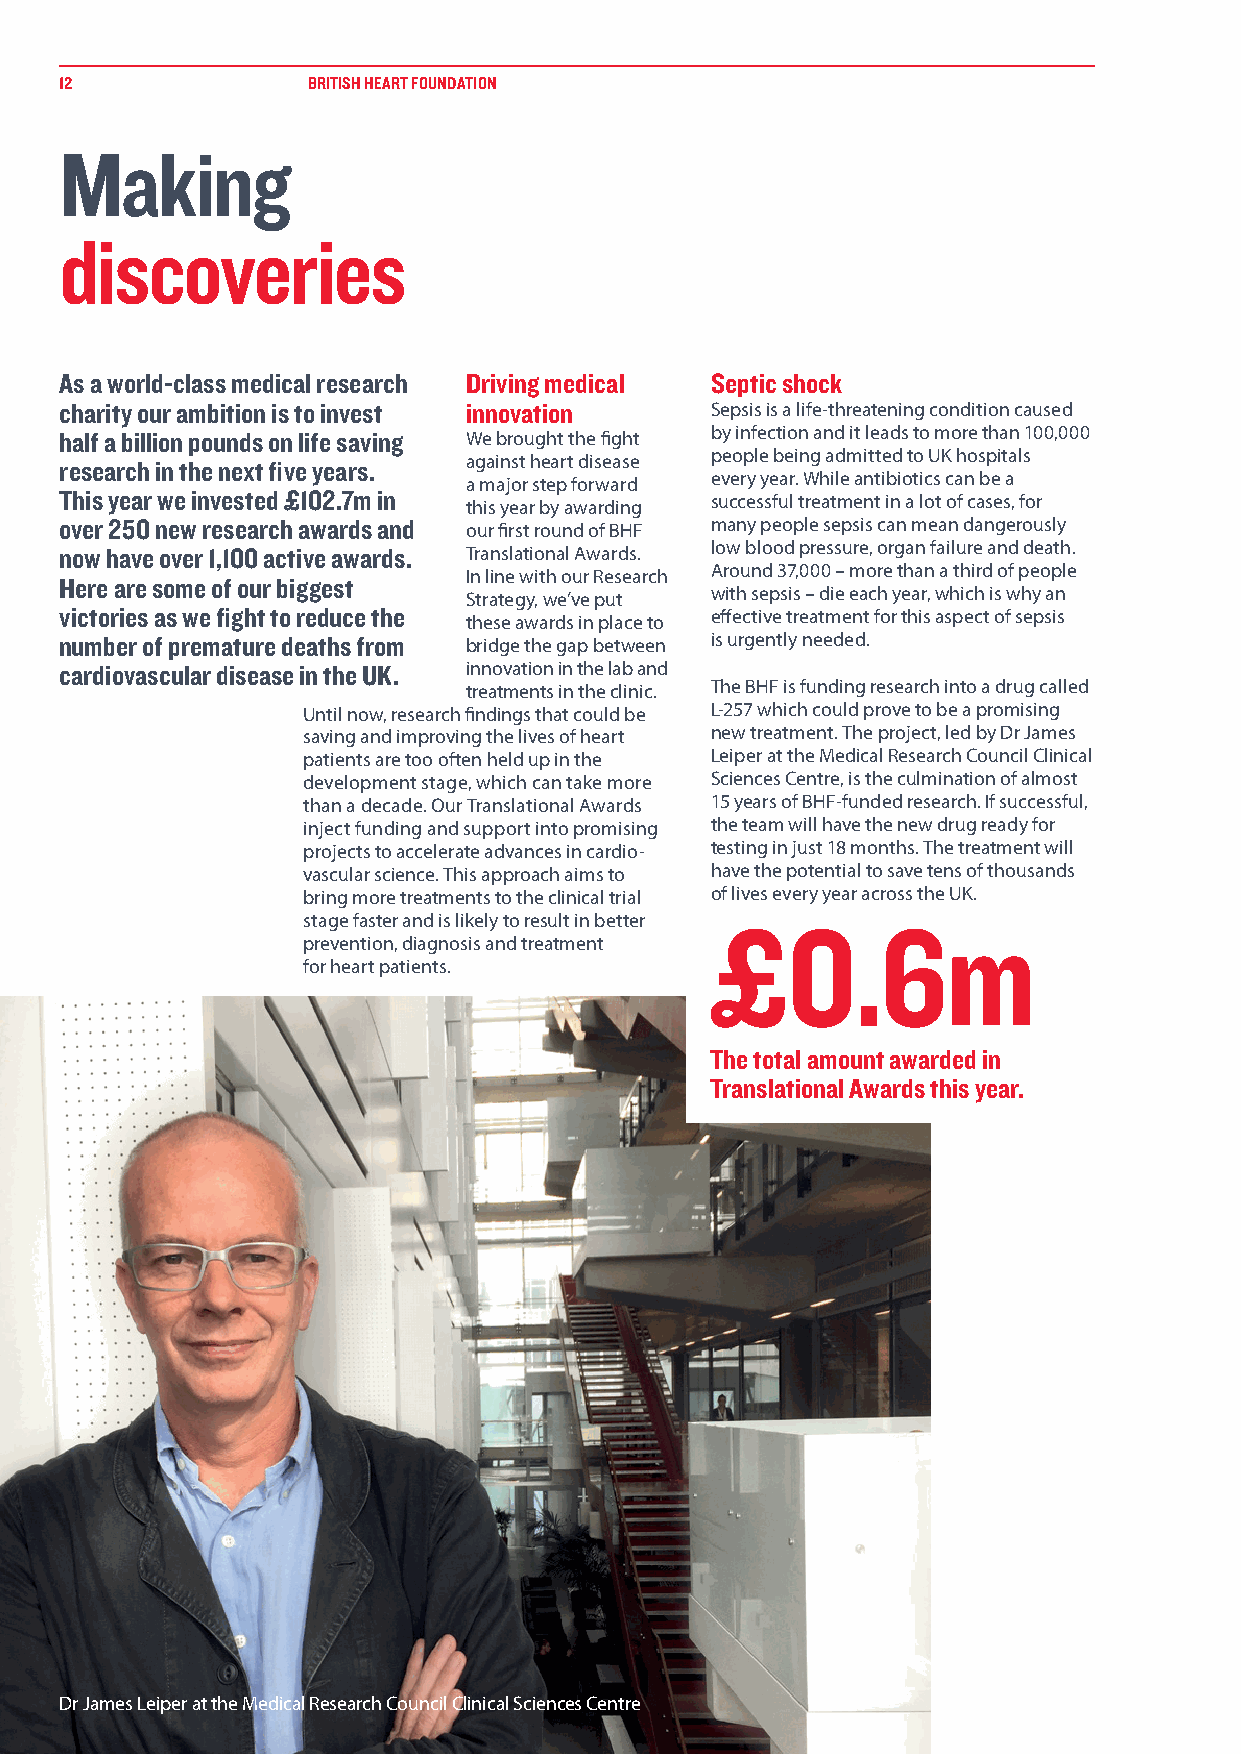
12              BRITISH HEART FOUNDATION
 Making
 discoveries
 As a world-class medical research Driving medical Septic shock
 charity our ambition is to invest innovation Sepsis is a life-threatening condition caused
 half a billion pounds on life saving We brought the fight by infection and it leads to more than 100,000
 research in the next five years. against heart disease people being admitted to UK hospitals
 a major step forward every year. While antibiotics can be a
 This year we invested £102.7m in this year by awarding successful treatment in a lot of cases, for
 over 250 new research awards and our first round of BHF many people sepsis can mean dangerously
 now have over 1,100 active awards. Translational Awards. low blood pressure, organ failure and death.
 In line with our Research Around 37,000 – more than a third of people
 Here are some of our biggest
 Strategy, we’ve put with sepsis – die each year, which is why an
 victories as we fight to reduce the these awards in place to effective treatment for this aspect of sepsis
 number of premature deaths from bridge the gap between is urgently needed.
 cardiovascular disease in the UK. innovation in the lab and
 treatments in the clinic. The BHF is funding research into a drug called
 Until now, research findings that could be L-257 which could prove to be a promising
 saving and improving the lives of heart new treatment. The project, led by Dr James
 patients are too often held up in the Leiper at the Medical Research Council Clinical
 development stage, which can take more Sciences Centre, is the culmination of almost
 than a decade. Our Translational Awards 15 years of BHF-funded research. If successful,
 inject funding and support into promising the team will have the new drug ready for
 projects to accelerate advances in cardio- testing in just 18 months. The treatment will
 vascular science. This approach aims to have the potential to save tens of thousands
 bring more treatments to the clinical trial of lives every year across the UK.
 stage faster and is likely to result in better
 £0.6m
 prevention, diagnosis and treatment
 for heart patients.
 The total amount awarded in
 Translational Awards this year.
 Dr James Leiper at the Medical Research Council Clinical Sciences Centre